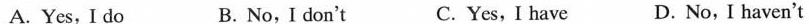
A. Yes, I do B. No, I don't C. Yes, I have D. No, I haven't